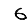
Digit: 6